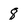
Character: 8